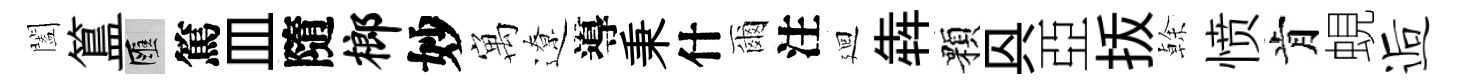
闔簋匯篤皿隨榔妙寓遼導秉什爾注廻犇顆㒷亞㧞𠏉愤肯蜆逅